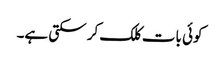
کوئی بات کلک کر سکتی ہے۔